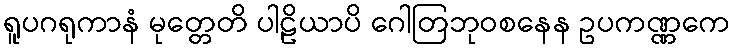
ရူပဂရုကာနံ မုတ္တေတိ ပါဠိယာပိ ဂေါတြဘုဝစနေန ဥပကဏ္ဏကေ